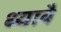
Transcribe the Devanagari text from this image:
ध्यावै